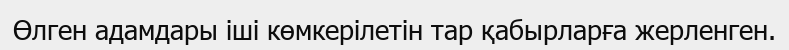
Өлген адамдары іші көмкерілетін тар қабырларға жерленген.